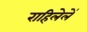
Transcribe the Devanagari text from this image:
राहिलेलें